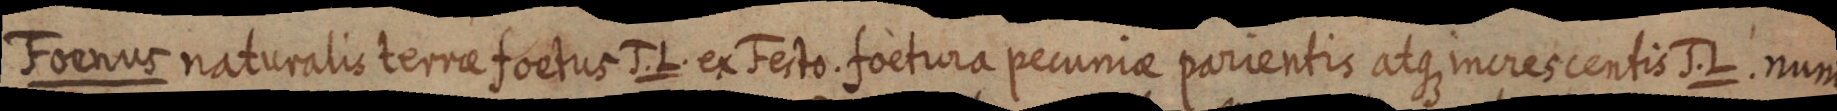
Foenus naturalis terrae foetus J. L. ex Festo. foetura pecuniae parientis atque incres centis J. L. num